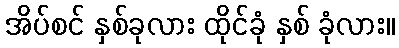
အိပ်စင် နှစ်ခုလား ထိုင်ခုံ နှစ် ခုံလား။